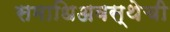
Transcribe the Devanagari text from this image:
समाधिअवस्थेची